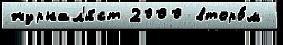
журнал'и́ст 2000 второ́м